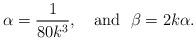
LaTeX: \begin{align*}\alpha=\frac{1}{80k^3}, \ \ \mbox{ and}\ \ \beta=2k\alpha.\end{align*}